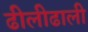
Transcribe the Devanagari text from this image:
ढीलीढाली